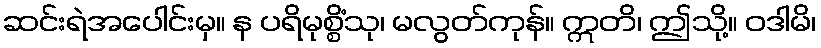
ဆင်းရဲအပေါင်းမှ။ န ပရိမုစ္စိံသု၊ မလွတ်ကုန်။ ဣတိ၊ ဤသို့။ ဝဒါမိ၊